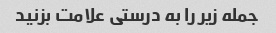
جمله زیر را به درستی علامت بزنید